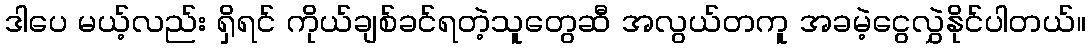
ဒါပေ မယ့်လည်း ရှိရင် ကိုယ်ချစ်ခင်ရတဲ့သူတွေဆီ အလွယ်တကူ အခမဲ့ငွေလွှဲနိုင်ပါတယ်။